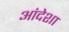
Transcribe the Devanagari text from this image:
आंदेशा